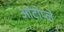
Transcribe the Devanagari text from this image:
ऑटोप्ले